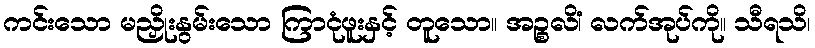
ကင်းသော မညှိုးနွမ်းသော ကြာငုံဖူးနှင့် တူသော။ အဉ္စလိံ၊ လက်အုပ်ကို။ သီရသိ၊